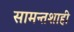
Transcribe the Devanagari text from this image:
सामन्तशाही